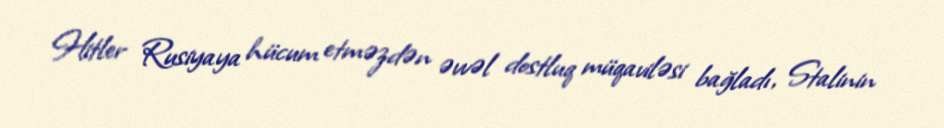
Hitler Rusiyaya hücum etməzdən əvvəl dostluq müqaviləsi bağladı, Stalinin